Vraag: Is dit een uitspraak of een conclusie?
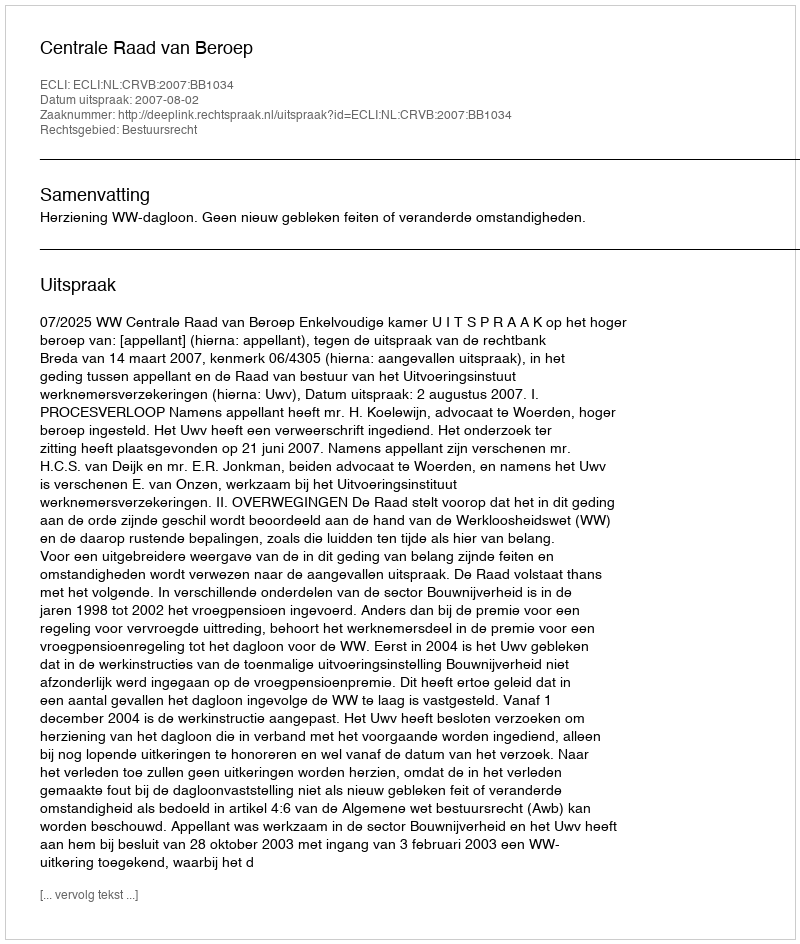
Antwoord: Uitspraak